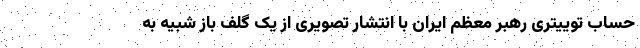
حساب توییتری رهبر معظم ایران با انتشار تصویری از یک گلف باز شبیه به